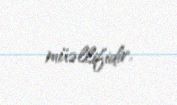
müəllifidir.